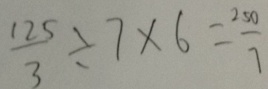
\frac { 1 2 5 } { 3 } \div 7 \times 6 = \frac { 2 5 0 } { 7 }